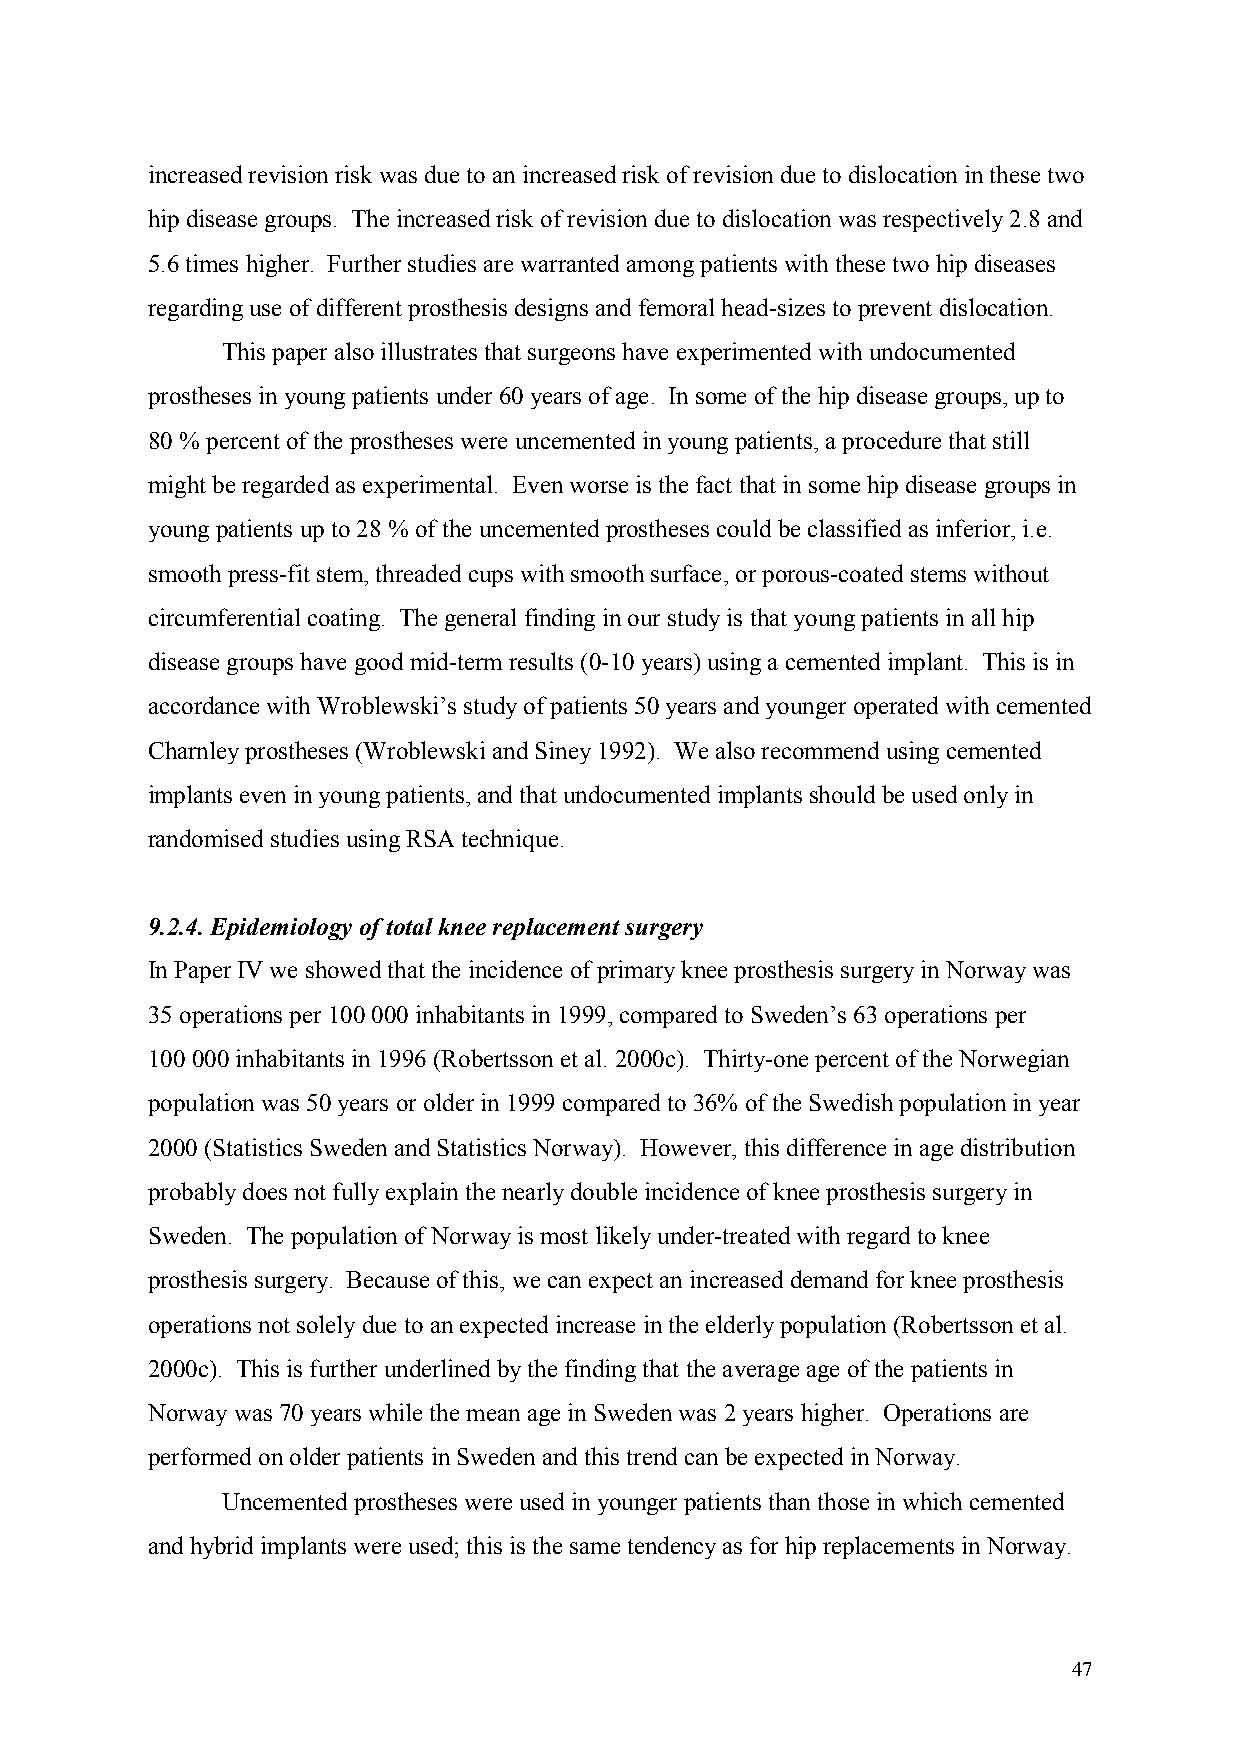
increased revision risk was due to an increased risk of revision due to dislocation in these two
 hip disease groups. The increased risk of revision due to dislocation was respectively 2.8 and
 5.6 times higher. Further studies are warranted among patients with these two hip diseases
 regarding use of different prosthesis designs and femoral head-sizes to prevent dislocation.
 This paper also illustrates that surgeons have experimented with undocumented
 prostheses in young patients under 60 years of age. In some of the hip disease groups, up to
 80 % percent of the prostheses were uncemented in young patients, a procedure that still
 might be regarded as experimental. Even worse is the fact that in some hip disease groups in
 young patients up to 28 % of the uncemented prostheses could be classified as inferior, i.e.
 smooth press-fit stem, threaded cups with smooth surface, or porous-coated stems without
 circumferential coating. The general finding in our study is that young patients in all hip
 disease groups have good mid-term results (0-10 years) using a cemented implant. This is in
 accordance with Wroblewski’s study of patients 50 years and younger operated with cemented
 Charnley prostheses (Wroblewski and Siney 1992). We also recommend using cemented
 implants even in young patients, and that undocumented implants should be used only in
 randomised studies using RSA technique.
 9.2.4. Epidemiology of total knee replacement surgery
 In Paper IV we showed that the incidence of primary knee prosthesis surgery in Norway was
 35 operations per 100 000 inhabitants in 1999, compared to Sweden’s 63 operations per
 100 000 inhabitants in 1996 (Robertsson et al. 2000c). Thirty-one percent of the Norwegian
 population was 50 years or older in 1999 compared to 36% of the Swedish population in year
 2000 (Statistics Sweden and Statistics Norway). However, this difference in age distribution
 probably does not fully explain the nearly double incidence of knee prosthesis surgery in
 Sweden. The population of Norway is most likely under-treated with regard to knee
 prosthesis surgery. Because of this, we can expect an increased demand for knee prosthesis
 operations not solely due to an expected increase in the elderly population (Robertsson et al.
 2000c). This is further underlined by the finding that the average age of the patients in
 Norway was 70 years while the mean age in Sweden was 2 years higher. Operations are
 performed on older patients in Sweden and this trend can be expected in Norway.
 Uncemented prostheses were used in younger patients than those in which cemented
 and hybrid implants were used; this is the same tendency as for hip replacements in Norway.
 47